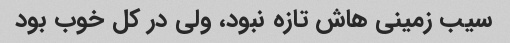
سیب زمینی هاش تازه نبود، ولی در کل خوب بود